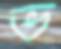
ভ